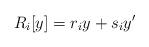
LaTeX: \begin{align*} R_i[y] = r_iy + s_i y'\end{align*}